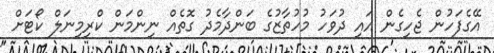
އޭގެފަހުން ޖެހިގެން އައި ދުވަހު މުހުތާޒުގެ ބަންދާމެދު ގޮތެއް ނިންމަން ކްރިމިނަލް ކޯޓަށް